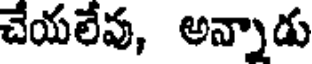
చేయలేవు, అన్నాడు